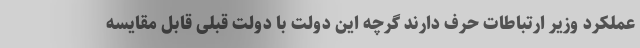
عملکرد وزیر ارتباطات حرف دارند گرچه این دولت با دولت قبلی قابل مقایسه